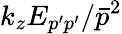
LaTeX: k_{z}E_{p^{\prime}p^{\prime}}/\bar{p}^{2}